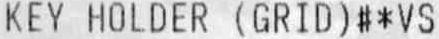
KEY HOLDER (GRID)#*VS